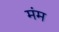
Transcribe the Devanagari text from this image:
मंम